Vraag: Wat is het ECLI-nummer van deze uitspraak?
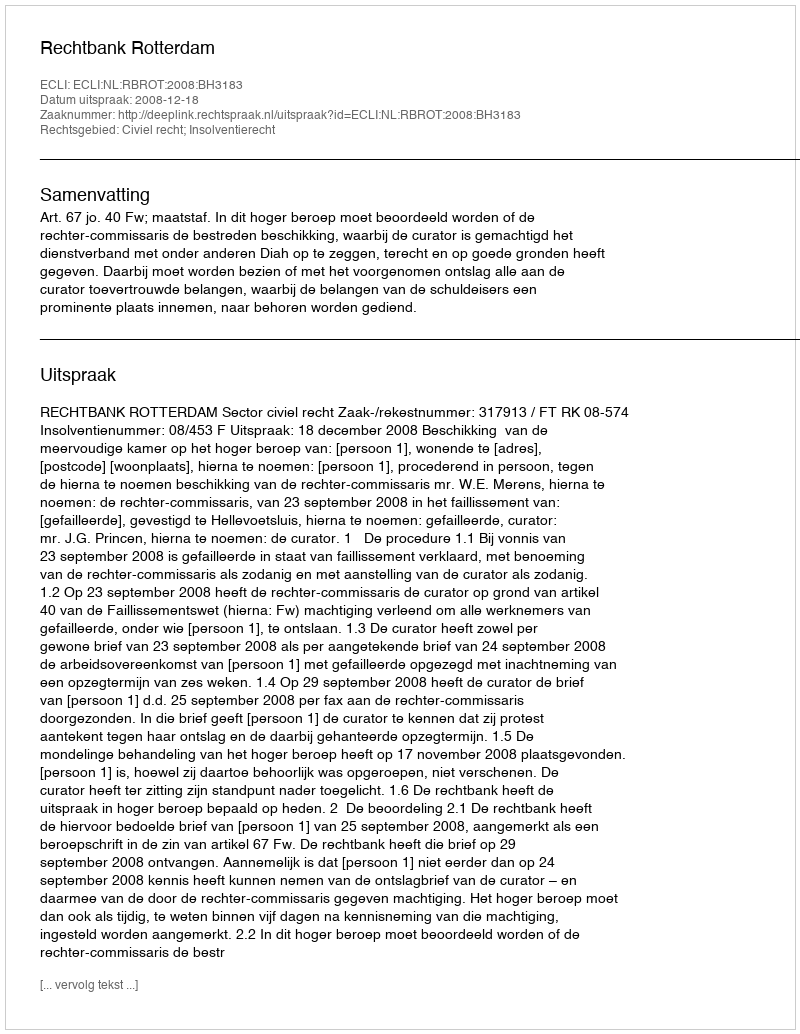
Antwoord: ECLI:NL:RBROT:2008:BH3183